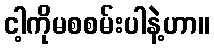
ငါ့ကိုမစစမ်းပါနဲ့ဟာ။